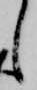
し